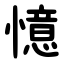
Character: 憶